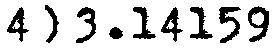
4) 3.14159